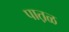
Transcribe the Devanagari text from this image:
पात़ळ